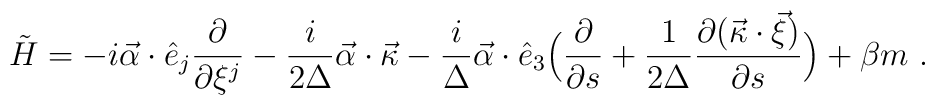
\tilde{H} = -i \vec{\alpha} \cdot \hat{e}_j        \frac{\partial}{\partial \xi^j} - \frac{i}{2 \Delta}        \vec{\alpha} \cdot \vec{\kappa} - \frac{i}{\Delta}        \vec{\alpha} \cdot \hat{e}_3 \Bigl( \frac{\partial}{\partial        s} + \frac{1}{2 \Delta} \frac{\partial (        \vec{\kappa}\cdot \vec{\xi} )}{\partial s} \Bigr) +        \beta m\ .